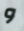
و